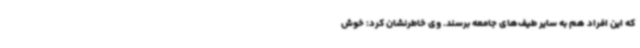
که این افراد هم به سایر طیف‌های جامعه برسند. وی خاطرنشان کرد: خوش